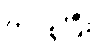
ကိုင်စွဲပြီး